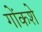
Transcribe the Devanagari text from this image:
गोंकशे